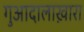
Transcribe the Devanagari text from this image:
गुआदालाख़ारा